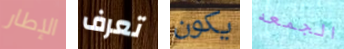
الإطار تعرف يكون الجمعه